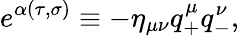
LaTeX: e^{\alpha(\tau,\sigma)}\equiv-\eta_{\mu\nu}q_{+}^{\mu}q_{-}^{\nu},